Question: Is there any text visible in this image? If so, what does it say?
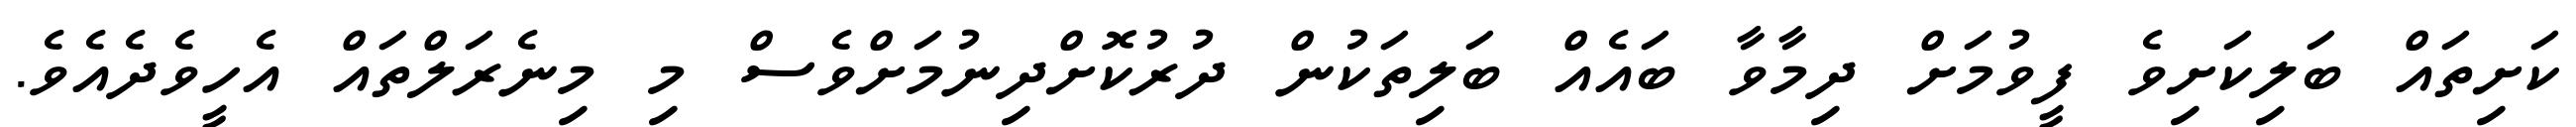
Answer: ކަށިތައް ބަލިކަށިވެ ފީވުމަށް ދިމާވާ ބައެއް ބަލިތަކުން ދުރުކޮށްދިނުމަށްވެސް މި މިނެރަލްތައް އެހީވެދެއެވެ.